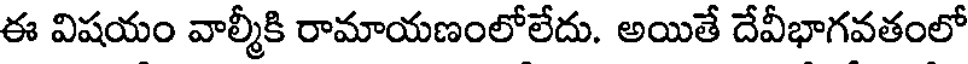
ఈ విషయం వాల్మీకి రామాయణంలోలేదు. అయితే దేవీభాగవతంలో